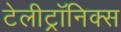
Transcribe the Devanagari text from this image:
टेलीट्रॉनिक्स